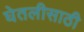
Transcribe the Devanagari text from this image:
घेतलीसाठी